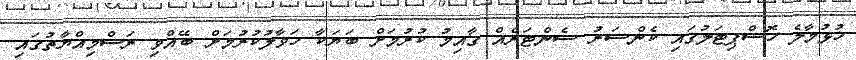
ހުޅުމާލެ ހޮސްޕިޓަލުގައި ކެންސަރު ސެންޓަރެއް ގާއިމު ކުރުމަށް ބަޔަކާ ހަވާލުކުރުމަށް ބޭއްވި ރަސްމިއްޔާތުގައި